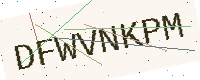
Text: DFWVNKPM